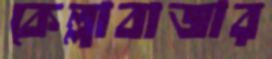
কেল্লাবাজার